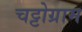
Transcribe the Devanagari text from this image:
चट्टोग्राम